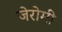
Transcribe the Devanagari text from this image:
जेरोमी